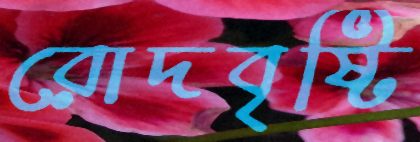
রোদবৃষ্টি